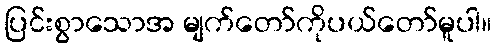
ပြင်းစွာသောအ မျက်တော်ကိုပယ်တော်မူပါ။